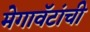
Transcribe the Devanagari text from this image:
मेगावॅटांची